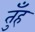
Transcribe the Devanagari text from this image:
तुँह